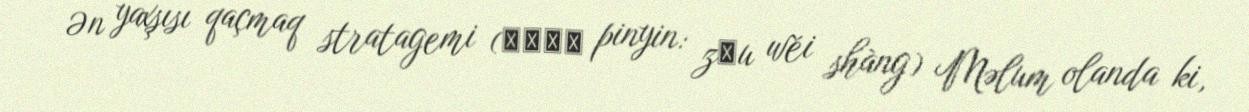
Ən yaxşısı qaçmaq stratagemi (走為上計 pinyin: zǒu wéi shàng) Məlum olanda ki,